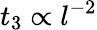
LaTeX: t_{3}\propto l^{-2}